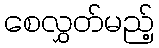
စေလွှတ်မည့်